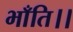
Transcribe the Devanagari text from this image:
भाँति।।